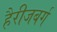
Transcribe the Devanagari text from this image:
हैरीजबर्ग